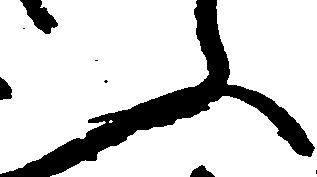
ふ